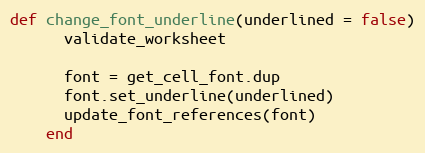
Language: Ruby
def change_font_underline(underlined = false)
      validate_worksheet

      font = get_cell_font.dup
      font.set_underline(underlined)
      update_font_references(font)
    end